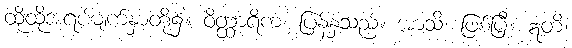
ထိုထိုအရပ်မျက်နှာတို့၌။ ဝိတ္ထာရိကံ၊ ပြန့်နှံ့သည်။ အာသိ၊ ဖြစ်ပြီ။ ဣတိ၊